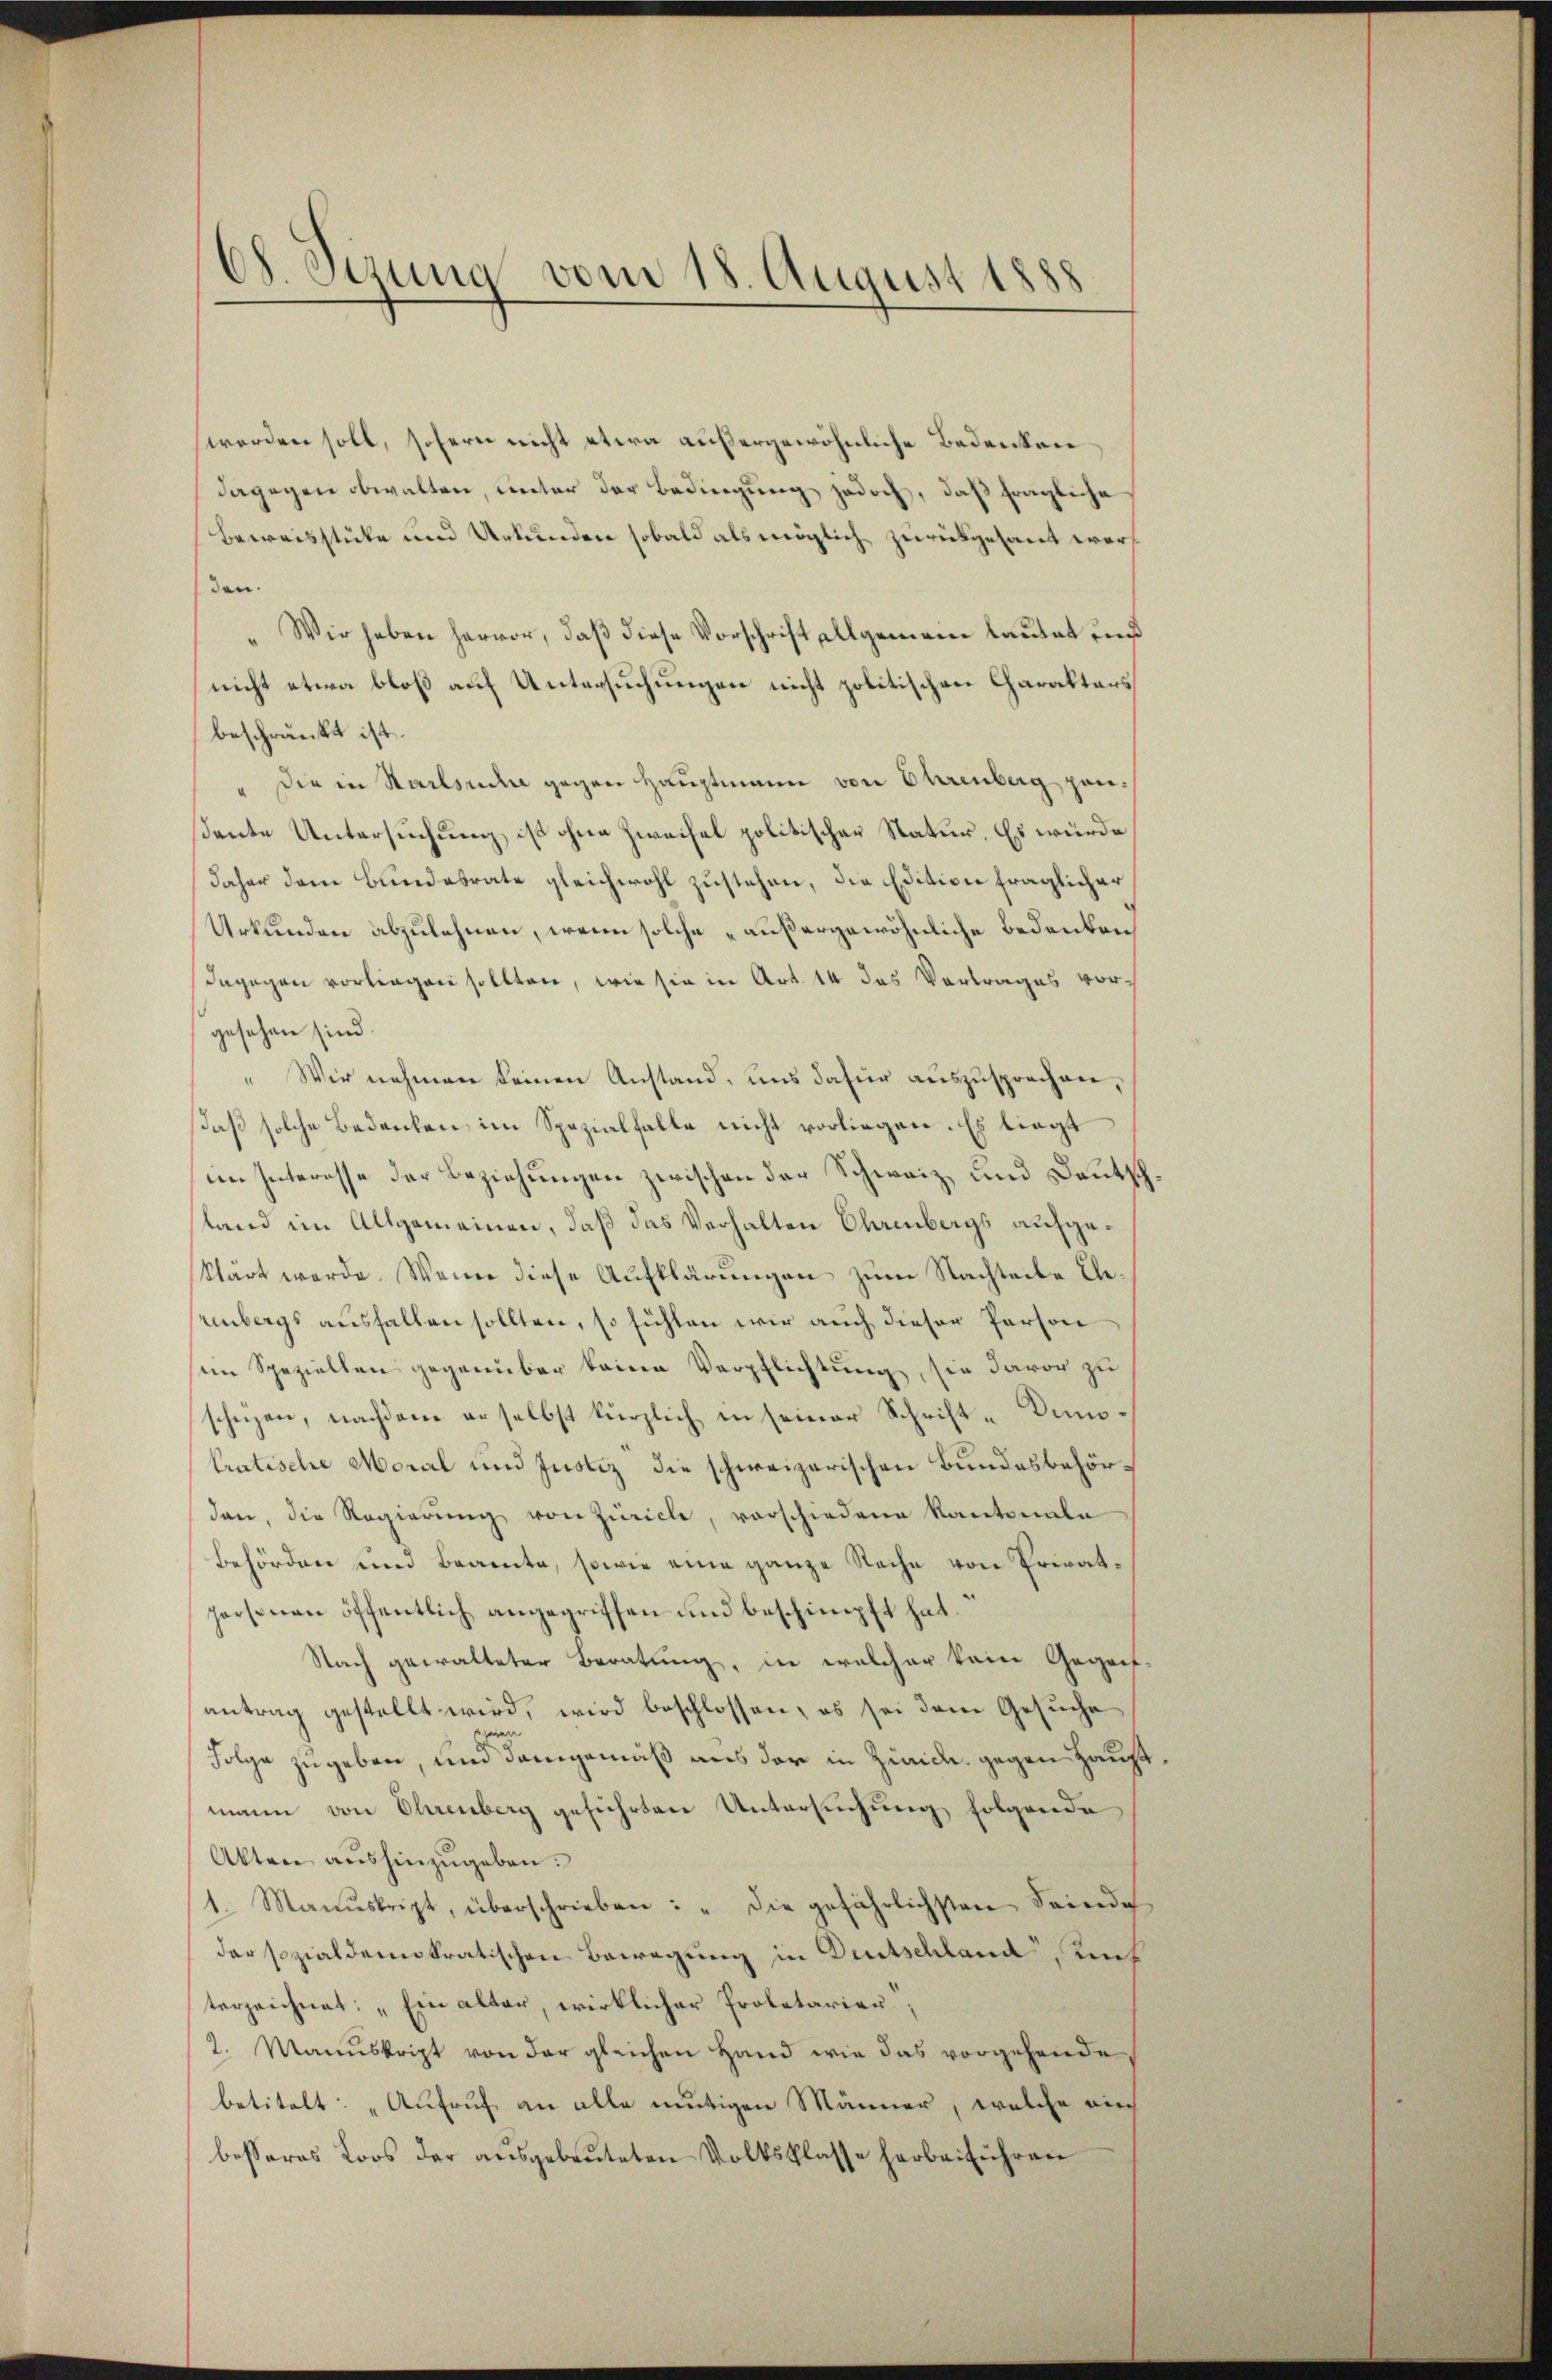
Ch. Syzung vom 18. August 1888

werden soll, sofern nicht etwa außergewöhnliche Bedenken
dagegen obwalten, unter der Bedingung jedoch, daß fragliche
Beweisstücke und Urkunden sobald als möglich zurückgesant werf
den.
" Wir haben hervor, daß diese Vorschrift allgemein lautet und
nicht etwa bloß auf Untersuchungen nicht politischen Charakters
beschränkt ist.
" die in Sachsuche gegen Hauptmann von Ehrenberg gansante Untersuchung, ist ohne Zweifel politischer Natur. Es würde
daher dem Bundesrate gleichwohl zustehen, die Edition fraglicher
Urkunden abzulehnen, wenn solche „außergewöhnliche Bedenken
dagegen vorliegen sollten, wie sie in Art. 14 das Vortrages vorgesehen sind.
" Wir nehmen keinen Anstand, uns dafür auszusprechen,
daß solche Bedenken im Spezialfalle nicht vorliegen. Es liegt
im Interesse der Beziehungen zwischen der Schweiz und Deutsch,
sland im Allgemeinen, daß das Verhalten Ehrenbergs aufgeklärt werde. Wenn diese Aufklärungen zum Nachteile Ele
einbergs ausfallen sollten, so fühlen wir auch dieser Person
im Speziellen gegenüber keine Verpflichtung, sie davor zu
schützen, nachdem erselbst kürzlich in seiner Schrift-Komo¬
Pratische Moral und Justiz die schweizerischen Bundesbehördan, die Regierŭng von Zürich, vorschiedene Kantonale
Behörden und Beamte, sowie eine ganze Sache von Privatpersonen öffentlich angegriffen und beschimpft hat.
Nach gewalteter Beratung, in welcher kein Gegen-
antrag gestellt wird, wird beschlossen, es sei dem Gesuche
e
Folge zugeben, und demgemäß aus der in Zürich, gegen Haupt
mann von Ohrenberg geführten Untersuchung folgende
Akten aŭshinzŭgeben.
1. Manuskript, überschrieben: "die gefährlichsten Feinde,
der sozialdemokratischen Bewegung in Deutschland, auch
terzeichnet: „Ein alter, wirklicher Proletarier;
2. Manuskript von der gleichen Hand wie das vorgehende
betitelt: „Aufruf an alle mutigen Männer, welche auch
besseres Loos der aŭsgebeuteten Volksklasse herbeiführen